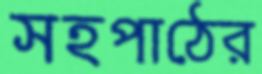
সহপাঠের